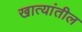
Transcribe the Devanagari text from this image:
खात्यांतील